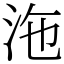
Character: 沲